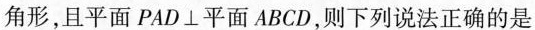
角形，且平面PAD \bot 平面ABCD，则下列说法正确的是